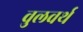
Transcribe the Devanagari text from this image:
वुलवर्थ